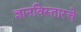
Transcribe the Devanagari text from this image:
ज्ञानविस्तारचे